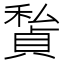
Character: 𥢅